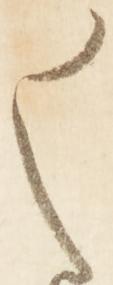
ま